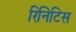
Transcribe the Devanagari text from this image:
रिनिटिस